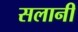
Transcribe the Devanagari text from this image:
सलानी